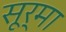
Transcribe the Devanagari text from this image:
सूर्मा